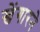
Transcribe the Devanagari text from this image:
खेंगारने